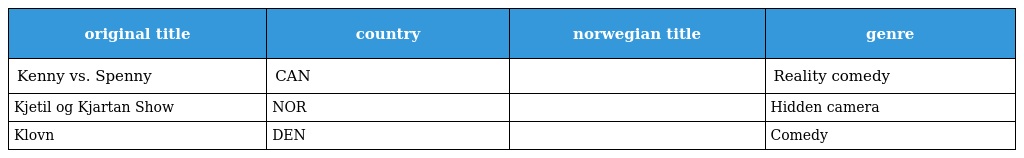
| original title | country | norwegian title | genre |
 | --- | --- | --- | --- |
 | Kenny vs. Spenny | CAN |  | Reality comedy |
 | Kjetil og Kjartan Show | NOR |  | Hidden camera |
 | Klovn | DEN |  | Comedy |